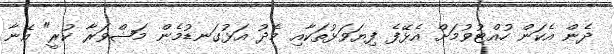
ދެން އެކަން ހުއްޓުވުމަށް އެޅޭފެ ފިޔަވަޅުތަކާއި މެދު އަޅުގަނޑުމެން މަޝްވަރާ ކުރީ" އޭނާ